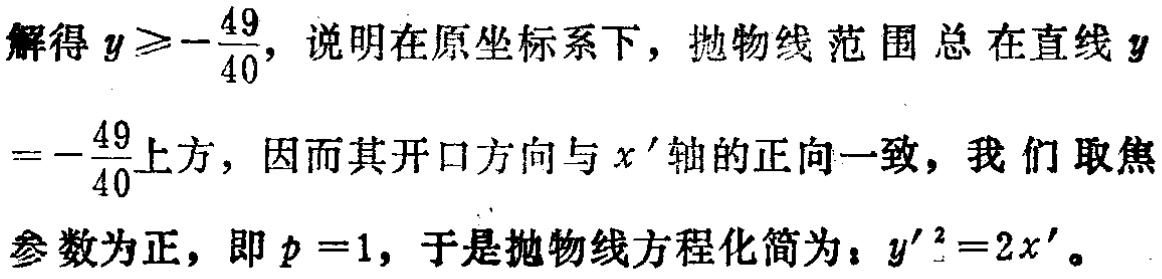
解得 \(y\geqslant -\frac{49}{40}\)，说明在原坐标系下，抛物线范围总在直线 \(y = -\frac{49}{40}\)上方，因而其开口方向与 \(x'\)轴的正向一致，我们取焦参数为正，即 \(p = 1\)，于是抛物线方程化简为：\(y'^{2}=2x'\)。